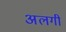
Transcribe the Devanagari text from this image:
अलगी